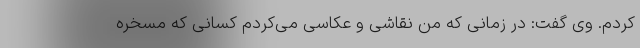
‌کردم. وی گفت: در زمانی که من نقاشی و عکاسی می‌کردم کسانی که مسخره